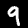
Label: 9